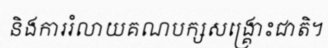
និងការរំលាយគណបក្សសង្គ្រោះជាតិ។